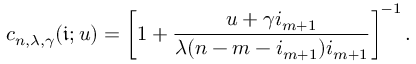
c _ { n , \lambda , \gamma } ( \mathfrak { i } ; u ) = \left[ 1 + \frac { u + \gamma i _ { m + 1 } } { \lambda ( n - m - i _ { m + 1 } ) i _ { m + 1 } } \right] ^ { - 1 } .